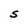
Character: S